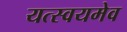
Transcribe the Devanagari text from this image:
यत्स्वयमेव